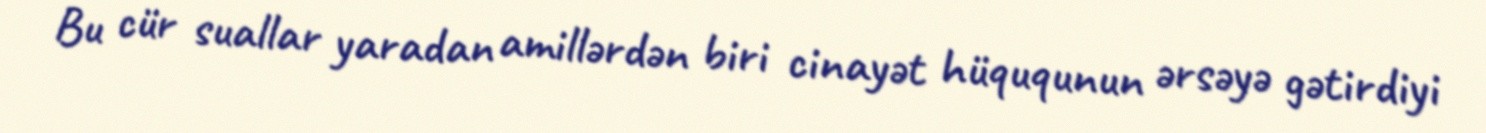
Bu cür suallar yaradan amillərdən biri cinayət hüququnun ərsəyə gətirdiyi